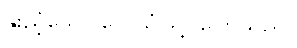
နူးညံ့သော လေသံဖြင့် ပြောသည်။